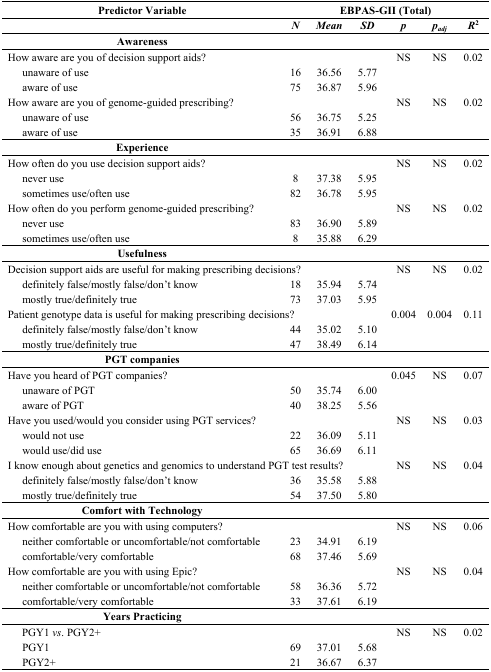
<table><thead><tr><td><b>Predictor Variable</b></td><td colspan="6"><b>EBPAS-GII (Total)</b></td></tr><tr><td></td><td><b><i>N</i></b></td><td><b><i>Mean</i></b></td><td><b><i>SD</i></b></td><td><b><i>p</i></b></td><td><b><i>p<sub>adj</sub></i></b></td><td><b><i>R</i><sup>2</sup></b></td></tr></thead><tbody><tr><td><b>Awareness</b></td><td></td><td></td><td></td><td></td><td></td><td></td></tr><tr><td>How aware are you of decision support aids?</td><td></td><td></td><td></td><td>NS</td><td>NS</td><td>0.02</td></tr><tr><td> unaware of use</td><td>16</td><td>36.56</td><td>5.77</td><td></td><td></td><td></td></tr><tr><td> aware of use</td><td>75</td><td>36.87</td><td>5.96</td><td></td><td></td><td></td></tr><tr><td colspan="4">How aware are you of genome-guided prescribing?</td><td>NS</td><td>NS</td><td>0.02</td></tr><tr><td> unaware of use</td><td>56</td><td>36.75</td><td>5.25</td><td></td><td></td><td></td></tr><tr><td> aware of use</td><td>35</td><td>36.91</td><td>6.88</td><td></td><td></td><td></td></tr><tr><td><b>Experience</b></td><td></td><td></td><td></td><td></td><td></td><td></td></tr><tr><td colspan="4">How often do you use decision support aids?</td><td>NS</td><td>NS</td><td>0.02</td></tr><tr><td> never use</td><td>8</td><td>37.38</td><td>5.95</td><td></td><td></td><td></td></tr><tr><td> sometimes use/often use</td><td>82</td><td>36.78</td><td>5.95</td><td></td><td></td><td></td></tr><tr><td colspan="4">How often do you perform genome-guided prescribing?</td><td>NS</td><td>NS</td><td>0.02</td></tr><tr><td> never use</td><td>83</td><td>36.90</td><td>5.89</td><td></td><td></td><td></td></tr><tr><td> sometimes use/often use</td><td>8</td><td>35.88</td><td>6.29</td><td></td><td></td><td></td></tr><tr><td><b>Usefulness</b></td><td></td><td></td><td></td><td></td><td></td><td></td></tr><tr><td colspan="4">Decision support aids are useful for making prescribing decisions?</td><td>NS</td><td>NS</td><td>0.02</td></tr><tr><td> definitely false/mostly false/don’t know</td><td>18</td><td>35.94</td><td>5.74</td><td></td><td></td><td></td></tr><tr><td> mostly true/definitely true</td><td>73</td><td>37.03</td><td>5.95</td><td></td><td></td><td></td></tr><tr><td colspan="4">Patient genotype data is useful for making prescribing decisions?</td><td>0.004</td><td>0.004</td><td>0.11</td></tr><tr><td> definitely false/mostly false/don’t know</td><td>44</td><td>35.02</td><td>5.10</td><td></td><td></td><td></td></tr><tr><td> mostly true/definitely true</td><td>47</td><td>38.49</td><td>6.14</td><td></td><td></td><td></td></tr><tr><td><b>PGT companies</b></td><td></td><td></td><td></td><td></td><td></td><td></td></tr><tr><td colspan="4">Have you heard of PGT companies?</td><td>0.045</td><td>NS</td><td>0.07</td></tr><tr><td> unaware of PGT</td><td>50</td><td>35.74</td><td>6.00</td><td></td><td></td><td></td></tr><tr><td> aware of PGT</td><td>40</td><td>38.25</td><td>5.56</td><td></td><td></td><td></td></tr><tr><td colspan="4">Have you used/would you consider using PGT services?</td><td>NS</td><td>NS</td><td>0.03</td></tr><tr><td> would not use</td><td>22</td><td>36.09</td><td>5.11</td><td></td><td></td><td></td></tr><tr><td> would use/did use</td><td>65</td><td>36.69</td><td>6.11</td><td></td><td></td><td></td></tr><tr><td colspan="4">I know enough about genetics and genomics to understand PGT test results?</td><td>NS</td><td>NS</td><td>0.04</td></tr><tr><td> definitely false/mostly false/don’t know</td><td>36</td><td>35.58</td><td>5.88</td><td></td><td></td><td></td></tr><tr><td> mostly true/definitely true</td><td>54</td><td>37.50</td><td>5.80</td><td></td><td></td><td></td></tr><tr><td><b>Comfort with Technology</b></td><td></td><td></td><td></td><td></td><td></td><td></td></tr><tr><td>How comfortable are you with using computers?</td><td></td><td></td><td></td><td>NS</td><td>NS</td><td>0.06</td></tr><tr><td> neither comfortable or uncomfortable/not comfortable</td><td>23</td><td>34.91</td><td>6.19</td><td></td><td></td><td></td></tr><tr><td> comfortable/very comfortable</td><td>68</td><td>37.46</td><td>5.69</td><td></td><td></td><td></td></tr><tr><td>How comfortable are you with using Epic?</td><td></td><td></td><td></td><td>NS</td><td>NS</td><td>0.04</td></tr><tr><td> neither comfortable or uncomfortable/not comfortable</td><td>58</td><td>36.36</td><td>5.72</td><td></td><td></td><td></td></tr><tr><td> comfortable/very comfortable</td><td>33</td><td>37.61</td><td>6.19</td><td></td><td></td><td></td></tr><tr><td><b>Years Practicing</b></td><td></td><td></td><td></td><td></td><td></td><td></td></tr><tr><td> PGY1 <i>vs</i>. PGY2+</td><td></td><td></td><td></td><td>NS</td><td>NS</td><td>0.02</td></tr><tr><td> PGY1</td><td>69</td><td>37.01</td><td>5.68</td><td></td><td></td><td></td></tr><tr><td> PGY2+</td><td>21</td><td>36.67</td><td>6.37</td><td></td><td></td><td></td></tr></tbody></table>